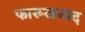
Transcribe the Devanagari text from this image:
फारूखजाद